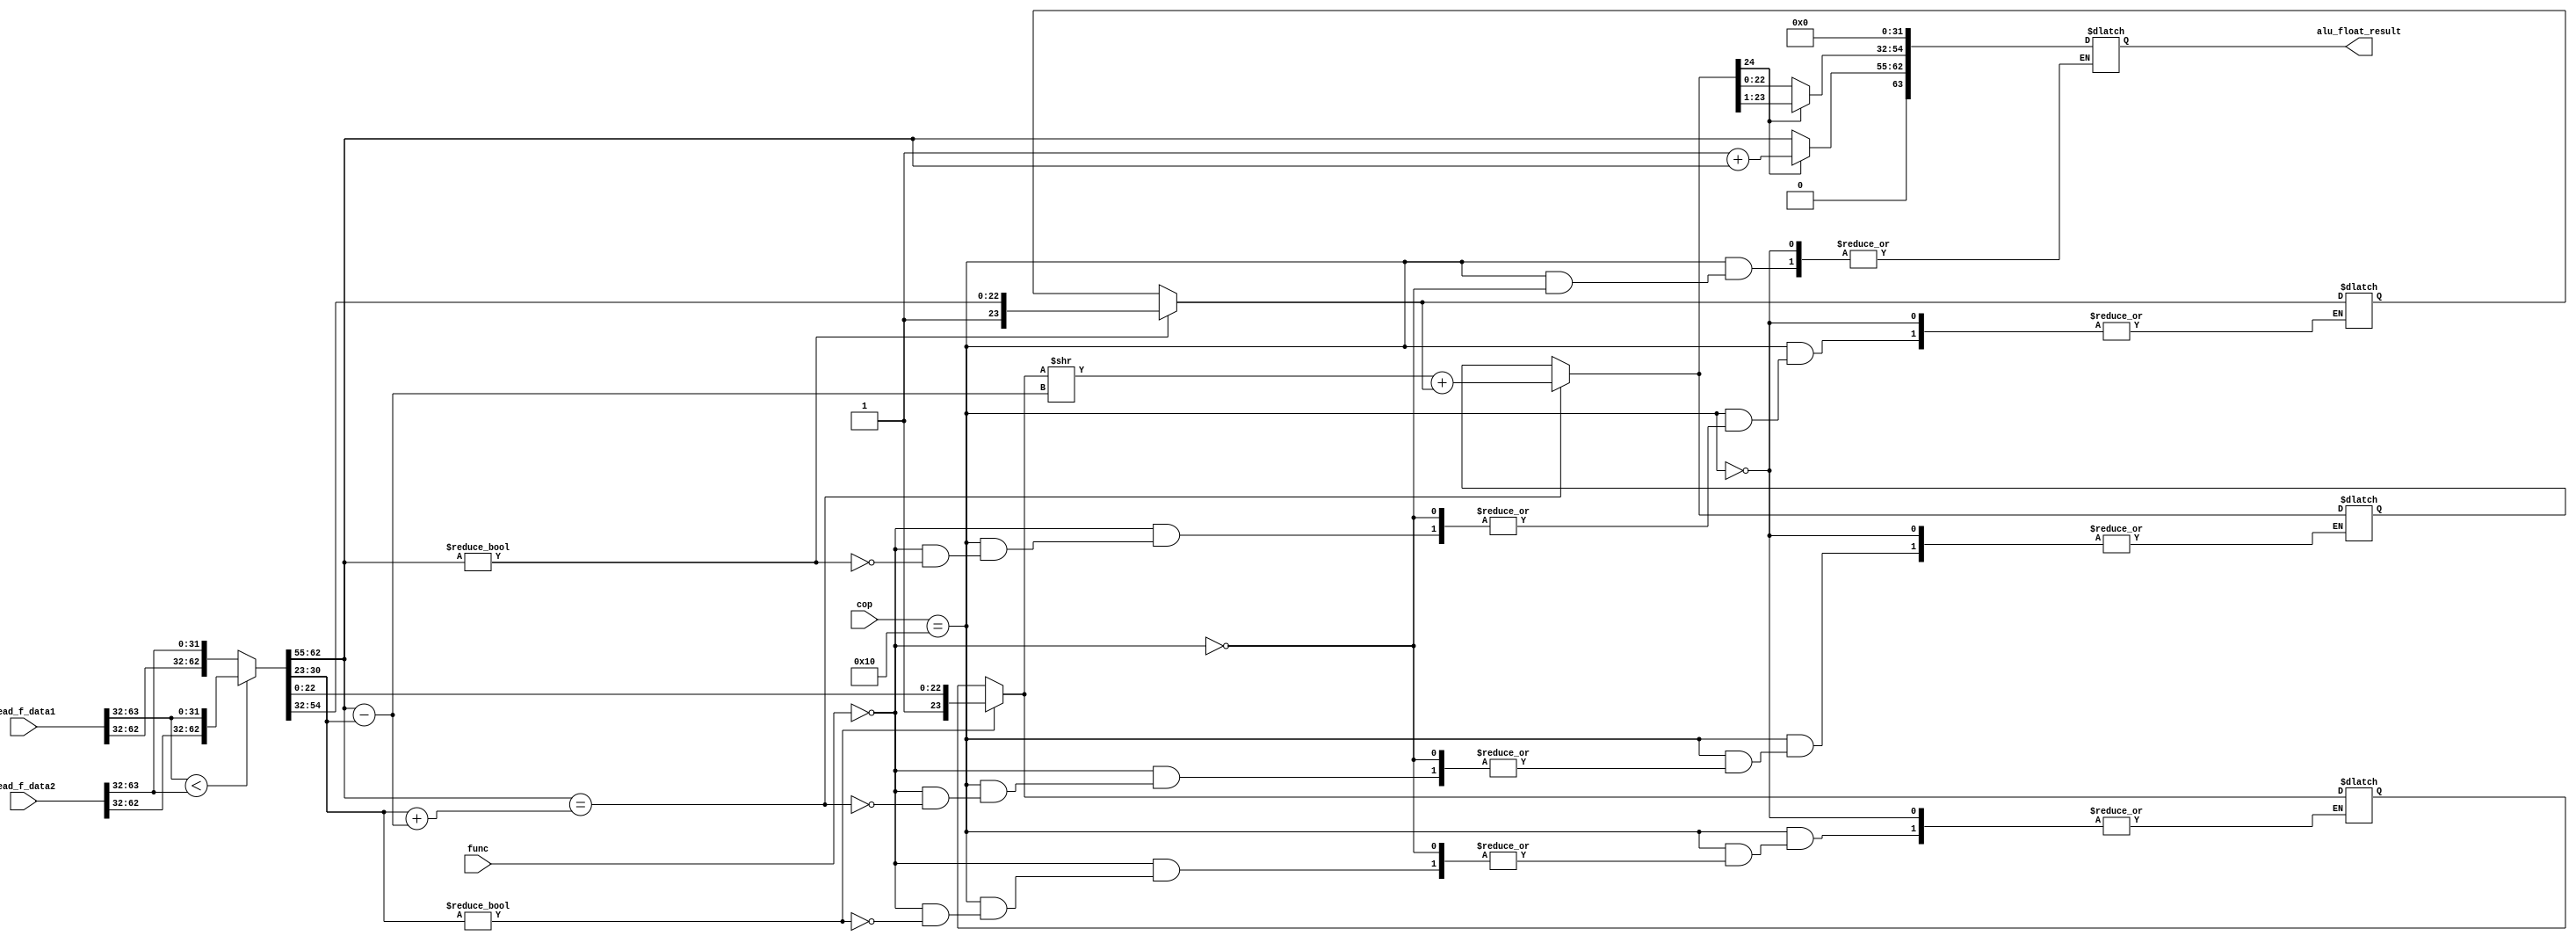
module F_alu(read_f_data1,read_f_data2,cop,func,alu_float_result);

input [63:0] read_f_data1;
input [63:0] read_f_data2;
input [4:0] cop;
input [6:0] func;

output reg [63:0] alu_float_result;


reg sign;


//DATA 1 en single 

wire [31:0] data1_single,data2_single;

//SEALES PARA SINGLE FLOATS 
reg [7:0] exponent_s_1;
reg [7:0] exponent_s_2;

reg [22:0] single_precision_1;

reg [31:0] data1;//primer operando de tipo single 
reg [31:0] data2;//segundo operando de tipo single


//son los operandos en single 
assign data1_single = read_f_data1[63:32];
assign data2_single = read_f_data2[63:32];

//datos a los que pasaran en el intercambio sea por cual operando es mayor 
reg [31:0] operand_a,operand_b;


//mantisas de operandos
reg [23:0] mantisa_a,mantisa_b;




reg [7:0] diff_exponents;


//shift a operand_b
reg [23:0] shift_operand_b; 

//exponente nuevo 
reg [7:0] exponent_b_new;


//suma de las mantisas 
reg [24:0] sum_end;

//suma final 
reg [31:0] end_sum;

always@(*)
begin
    if (cop==5'b10000) 
        begin
            if(func==6'b000000)
                begin
                    //bloque ADD SINGLE 
                    //cambair lugares de los elementos entre a y b.
                    if(data1_single < data2_single)
                        begin
                            {operand_a,operand_b} = {data2_single,data1_single};                 
                        end
                    else
                        begin
                            {operand_a,operand_b} = {data1_single,data2_single};                                             
                        end

                    exponent_s_1 = operand_a[30:23];
                    exponent_s_2 = operand_b[30:23];

                    if(exponent_s_1 != 1'd0)
                        begin
                            mantisa_a = {1'b1,operand_a[22:0]};
                        end

                    
                    if(exponent_s_2 != 1'd0)
                        begin
                            mantisa_b = {1'b1,operand_b[22:0]};
                        end

                    diff_exponents = exponent_s_1 - exponent_s_2;

                    shift_operand_b = mantisa_b >> diff_exponents;

                    exponent_b_new = exponent_s_2 + diff_exponents;

                    if(exponent_s_1 == exponent_b_new)
                        begin
                            sum_end = shift_operand_b + mantisa_a;
                        end
                    
                    if(sum_end[24] == 1'b1)
                        begin
                            end_sum [22:0] = sum_end[23:1];
                            end_sum [30:23] = 1'b1 + operand_a[30:23]; 
                            end_sum [31] =1'b0;
                        end
                    else 
                        begin
                            end_sum [22:0] = sum_end[22:0];
                            end_sum [30:23] = operand_a[30:23]; 
                            end_sum [31] = 1'b0; 
                        end


                    alu_float_result = {end_sum,{32{1'b0}}};
                end
        end
    else if(cop==5'b10001)
        begin
            if(func==6'b000000)
                begin

                    
                end            
        end

end






endmodule